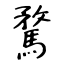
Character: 騖